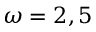
\omega = 2 , 5